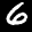
Label: 6